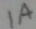
Text: 1A